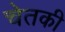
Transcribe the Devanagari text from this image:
चेतकी